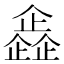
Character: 𠐰